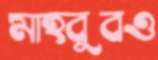
মাহবুবও